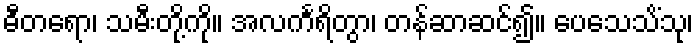
ဓီတရော၊ သမီးတို့ကို။ အလင်္ကရိတွာ၊ တန်ဆာဆင်၍။ ပေသေသိံသု၊